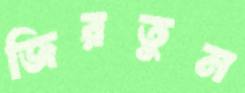
জিরতুম